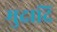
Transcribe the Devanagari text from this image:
मुद्रादि